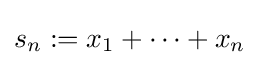
s_{n}:=x_{1}+\cdots +x_{n}